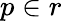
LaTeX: p\in r